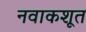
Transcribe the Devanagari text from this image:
नवाकशूत